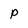
Character: P